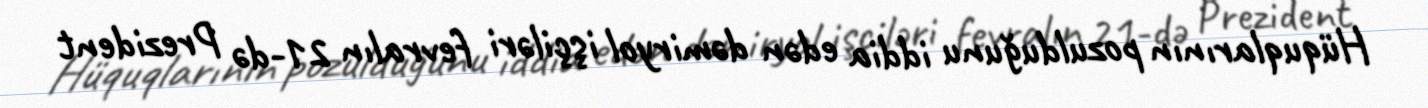
Hüquqlarının pozulduğunu iddia edən dəmiryol işçiləri fevralın 21-də Prezident